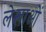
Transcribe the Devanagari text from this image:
लेखाओं